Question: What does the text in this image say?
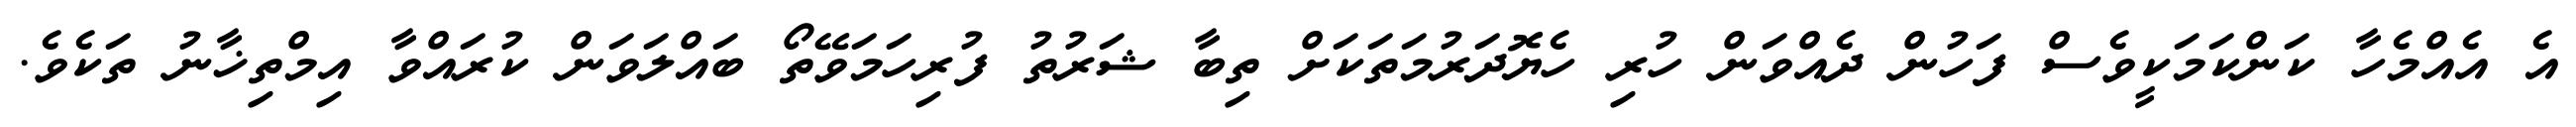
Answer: އެ އެއްމެހާ ކަންކަމަކީވެސް ފަހުން ދެއްވަން ހުރި ހެޔޮދަރުމަތަކަށް ތިބާ ޝަރުތު ފުރިހަމަވޭތޯ ބައްލަވަން ކުރައްވާ އިމްތިޚާނު ތަކެވެ.